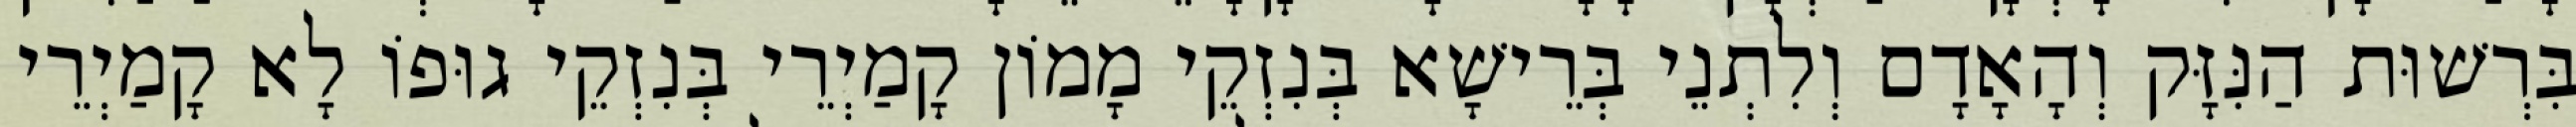
בִּרְשׁוּת הַנִּזָּק וְהָאָדָם וְלִתְנֵי בְּרֵישָׁא בְּנִזְקֵי מָמוֹן קָמַיְרֵי בְּנִזְקֵי גוּפוֹ לָא קָמַיְרֵי